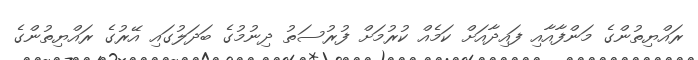
ރައްޔިތުންގެ މަންފާއާއި ފައިދާއަށް ކަމެއް ކުރުމަށް ފުރުސަތު ދިނުމުގެ ބަދަލުގައި އޭރުގެ ރައްޔިތުންގެ